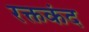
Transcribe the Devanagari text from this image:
रक्तकंद